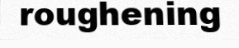
roughening